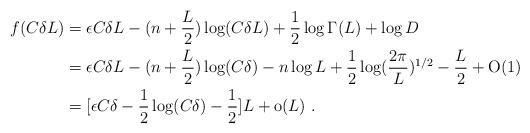
LaTeX: \begin{align*} f(C\delta L)&=\epsilon C\delta L-(n+\frac{L}2)\log(C\delta L)+\frac 12 \log\Gamma(L)+\log D\\ &=\epsilon C\delta L -(n+\frac{L}2)\log(C\delta)-n\log L +\frac 12 \log(\frac{2\pi}L)^{1/2}-\frac{L}2+\textrm{O}(1)\\ &=[\epsilon C\delta- \frac 12 \log(C\delta)-\frac 12]L + \textrm{o}(L)\ .\end{align*}